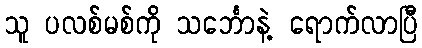
သူ ပလစ်မစ်ကို သင်္ဘောနဲ့ ရောက်လာပြီ